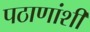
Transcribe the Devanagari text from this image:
पठाणांशी